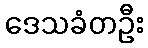
ဒေသခံတဦး